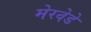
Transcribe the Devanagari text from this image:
मेरवेडे